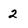
Character: 2